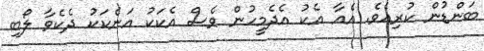
ބަންޑުން ކުރިއެވެ. އެއާ އެކު އެދެމީހުން ވެސް އެކަކު އަނެކަކު ދެކެވާ ލޯބި